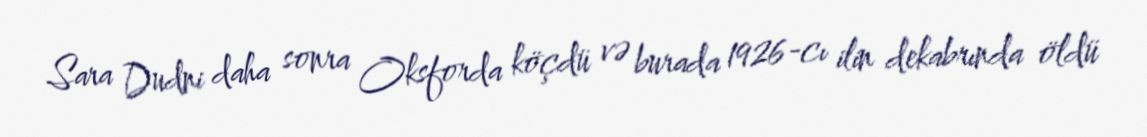
Sara Dudni daha sonra Oksforda köçdü və burada 1926-cı ilin dekabrında öldü